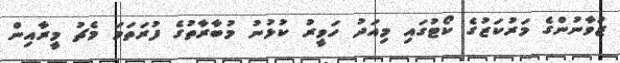
ޒުވާނުންގެ މަރުކަޒުގެ ކޯޓުގައި މިއަދު ހަވީރު ކުޅުނު މުބާރާތުގެ ފުރަތަމަ މެޗު މީރާއިން